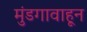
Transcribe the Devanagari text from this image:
मुंडगावाहून